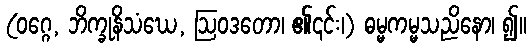
(ဝဂ္ဂေ, ဘိက္ခုနိသံဃေ, ဩဝဒတော၊ ၏၎င်း၊) ဓမ္မကမ္မသညိနော၊ ၍။